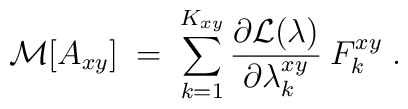
{\cal{M}}[A_{xy}] \;=\; \sum_{k=1}^{K_{xy}} \frac{\partial    {\cal{L}}(\lambda)}{\partial \lambda^{xy}_k}\: F^{xy}_k \;.